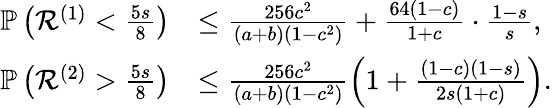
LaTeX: \begin{array}{rl}{\mathbb{P}\left({\mathcal{R}}^{(1)}<\frac{5s}{8}\right)}&{\leq\frac{256c^{2}}{(a+b)(1-c^{2})}+\frac{64(1-c)}{1+c}\cdot\frac{1-s}{s},}\\ {\mathbb{P}\left({\mathcal{R}}^{(2)}>\frac{5s}{8}\right)}&{\leq\frac{256c^{2}}{(a+b)(1-c^{2})}\left(1+\frac{(1-c)(1-s)}{2s(1+c)}\right).}\end{array}